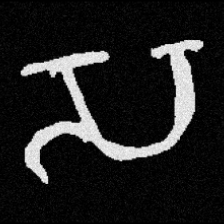
Pyu character \u2014 Myanmar letter: သ (romanized: sa)